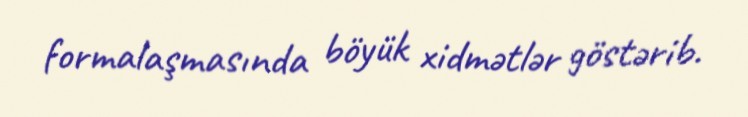
formalaşmasında böyük xidmətlər göstərib.